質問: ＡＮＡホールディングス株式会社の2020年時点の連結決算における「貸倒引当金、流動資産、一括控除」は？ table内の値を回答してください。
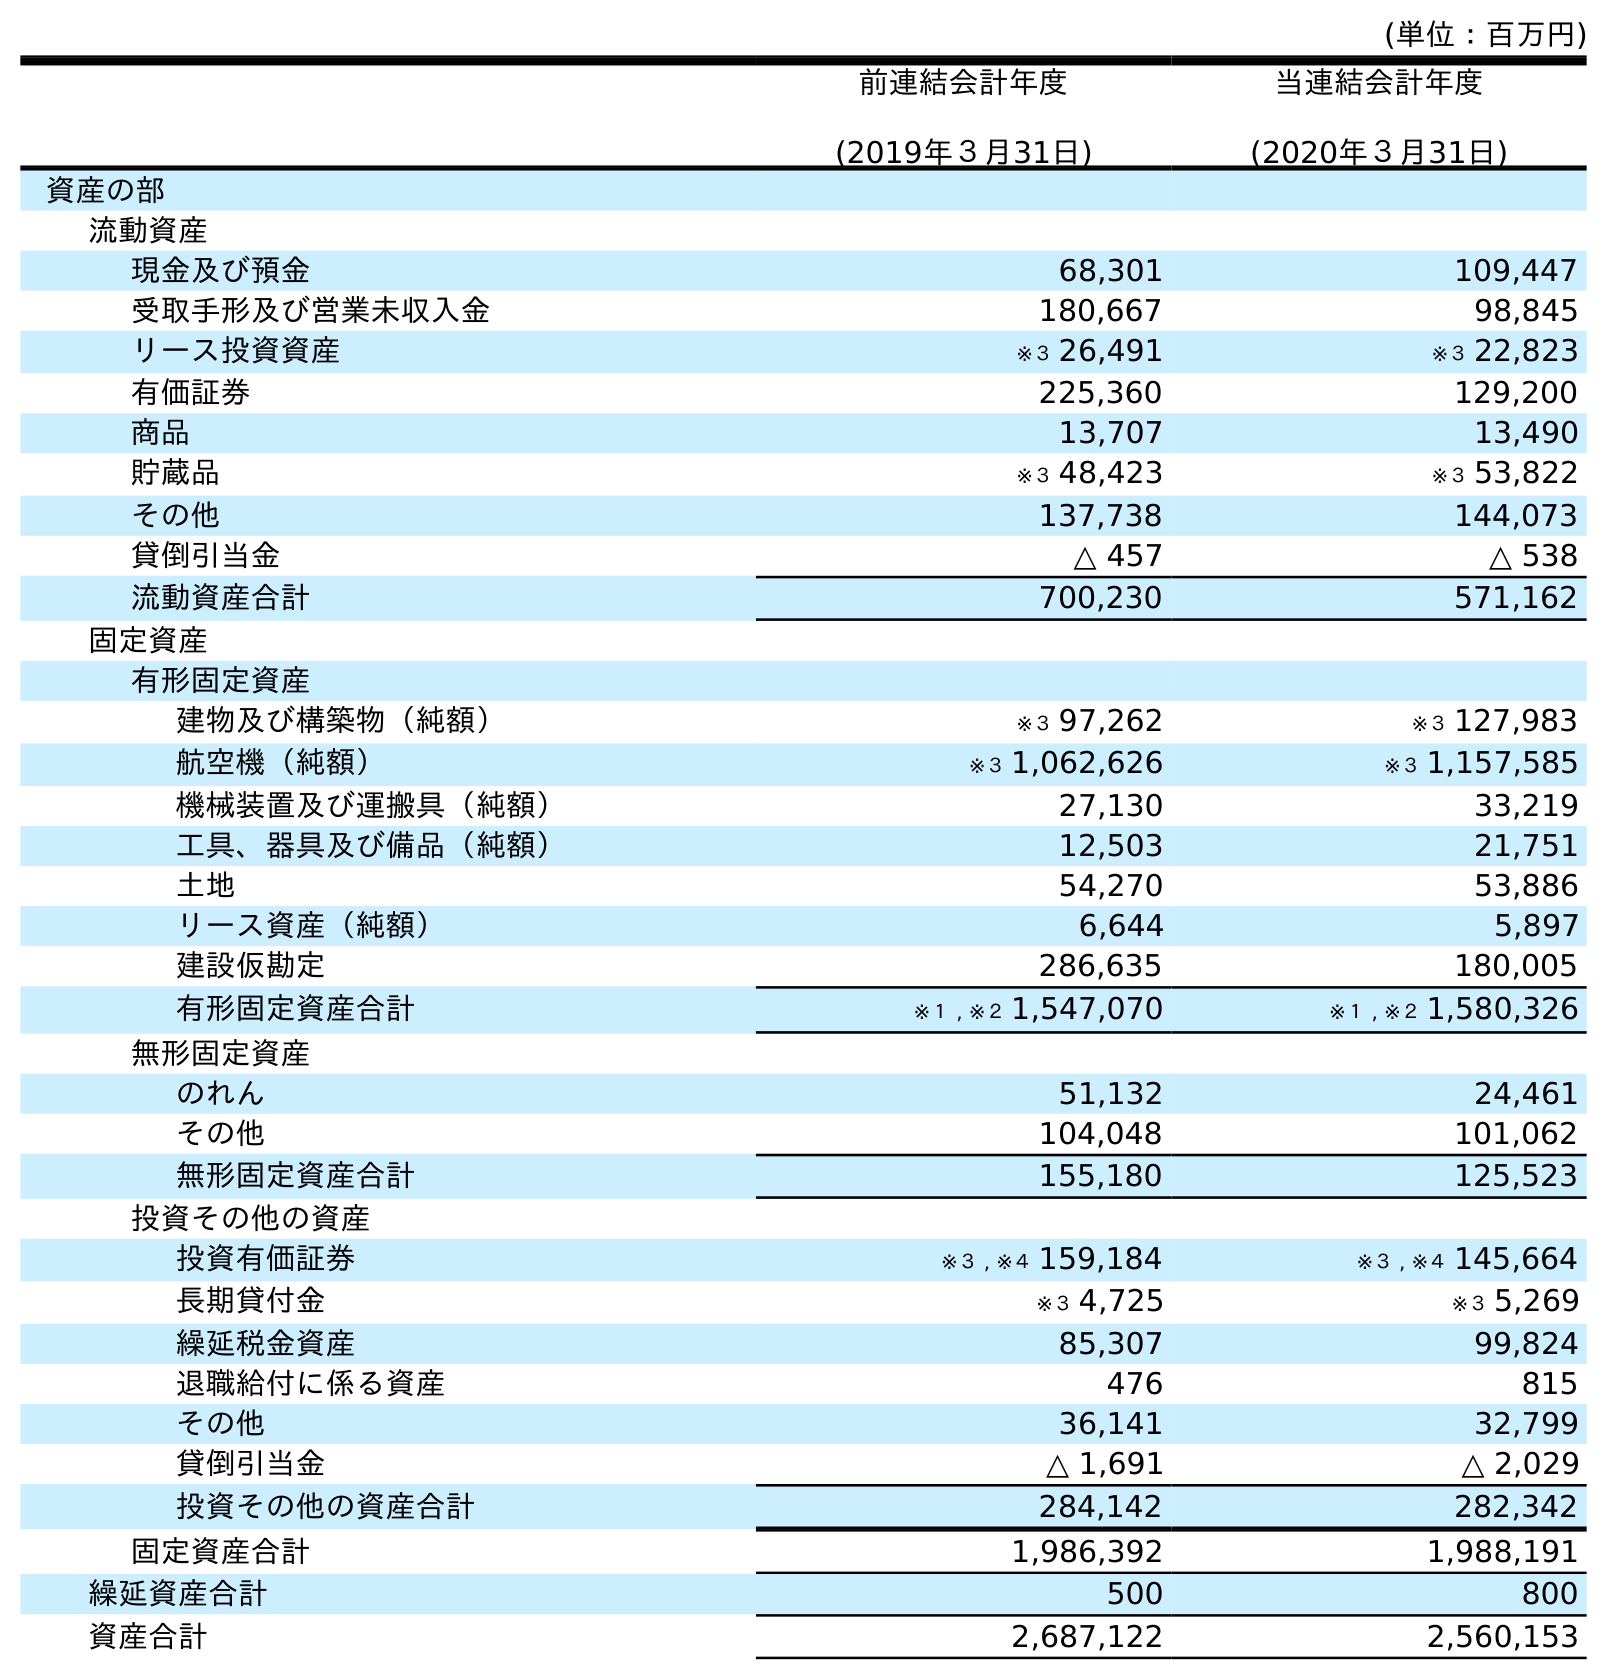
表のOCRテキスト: (単位：百万円) 前連結会計年度 (2019年３月31日) 当連結会計年度 (2020年３月31日) 資産の部 流動資産 現金及び預金 68,301 109,447 受取手形及び営業未収入金 180,667 98,845 リース投資資産 ※３ 26,491 ※３ 22,823 有価証券 225,360 129,200 商品 13,707 13,490 貯蔵品 ※３ 48,423 ※３ 53,822 その他 137,738 144,073 貸倒引当金 △ 457 △ 538 流動資産合計 700,230 571,162 固定資産 有形固定資産 建物及び構築物（純額） ※３ 97,262 ※３ 127,983 航空機（純額） ※３ 1,062,626 ※３ 1,157,585 機械装置及び運搬具（純額） 27,130 33,219 工具、器具及び備品（純額） 12,503 21,751 土地 54,270 53,886 リース資産（純額） 6,644 5,897 建設仮勘定 286,635 180,005 有形固定資産合計 ※１ , ※２ 1,547,070 ※１ , ※２ 1,580,326 無形固定資産 のれん 51,132 24,461 その他 104,048 101,062 無形固定資産合計 155,180 125,523 投資その他の資産 投資有価証券 ※３ , ※４ 159,184 ※３ , ※４ 145,664 長期貸付金 ※３ 4,725 ※３ 5,269 繰延税金資産 85,307 99,824 退職給付に係る資産 476 815 その他 36,141 32,799 貸倒引当金 △ 1,691 △ 2,029 投資その他の資産合計 284,142 282,342 固定資産合計 1,986,392 1,988,191 繰延資産合計 500 800 資産合計 2,687,122 2,560,153
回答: △538